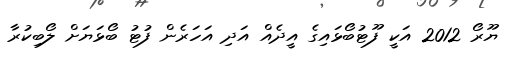
ޔޫރޯ 2012 އަކީ ފޫޓުބޯޅައިގެ އީދެއް އަދި އަހަރެން ފުޓު ބޯޅަޔަށް ލޯބިކުރާ